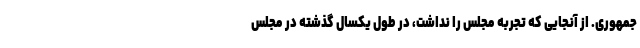
جمهوری. از آنجایی که تجربه مجلس را نداشت، در طول یکسال گذشته در مجلس